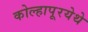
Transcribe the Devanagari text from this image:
कोल्हापूरयेथे